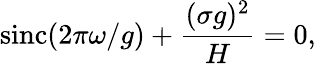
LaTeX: \operatorname{sinc}(2\pi\omega/g)+\frac{(\sigma g)^{2}}{H}=0,